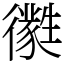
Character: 㣸